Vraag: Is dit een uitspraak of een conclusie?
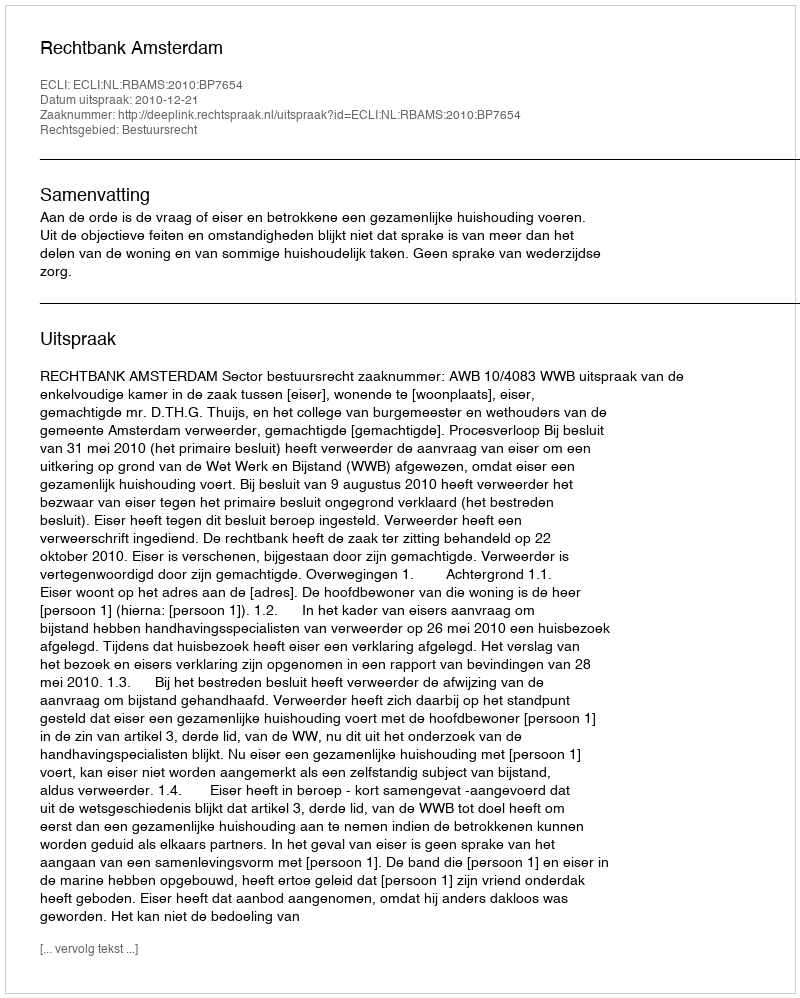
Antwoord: Uitspraak